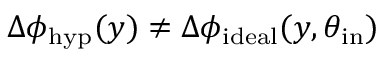
\Delta \phi _ { \mathrm { h y p } } ( y ) \neq \Delta \phi _ { \mathrm { i d e a l } } ( y , \theta _ { \mathrm { i n } } )